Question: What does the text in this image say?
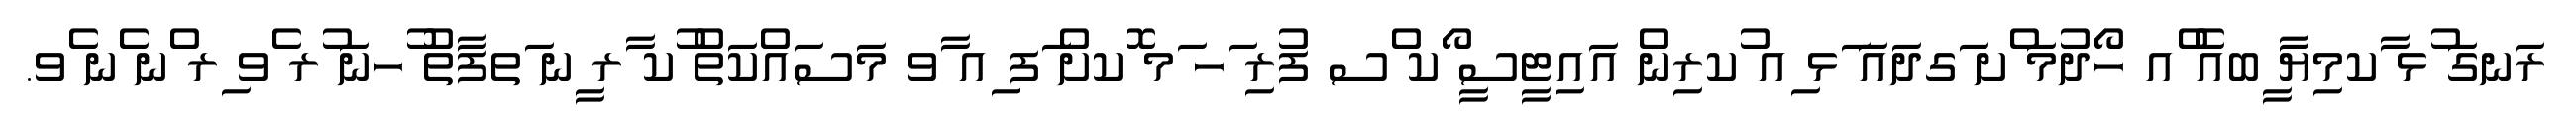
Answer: ރަނގަ ުޅ ާކމިޔާ ީބއެ ްއ ހޯދުމަ ްށ ަގދައަ ަޅ ިއ ުކރިން އައިޓީސީ ޯކ ްސ ފުރި ަހ ަމ ޮކށް ަފ ިއ ާވ މަސައްކަތް ުކ ާރ ީނ ަތފާތު ުހނަ ުރ ެވ ިރ ްނ ެނ ެވ.